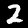
Label: 2